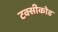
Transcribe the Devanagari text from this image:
टक्सीकोड